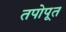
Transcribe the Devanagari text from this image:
तपोपूत